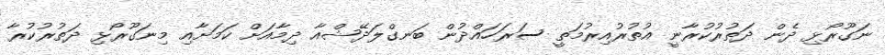
ނަގޫރޯޅި ދެން ދަތުރުކުރާނީ އުތުރުއިރުމަތީ ސަރަހައްދުން ބަނގްލަދޭޝްއާ ދިމާއަށް ކަމަށާއި މިނަގޫރޯޅި ދަތުރުކުރާ